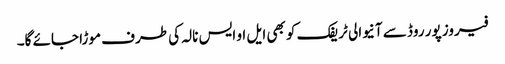
فیروز پور روڈ سے آنیوالی ٹریفک کو بھی ایل او ایس نالہ کی طرف موڑا جائے گا۔